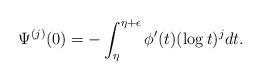
LaTeX: \begin{align*} \Psi^{(j)}(0) = - \int_{\eta}^{\eta+\epsilon} \phi'(t) (\log t)^j dt.\end{align*}